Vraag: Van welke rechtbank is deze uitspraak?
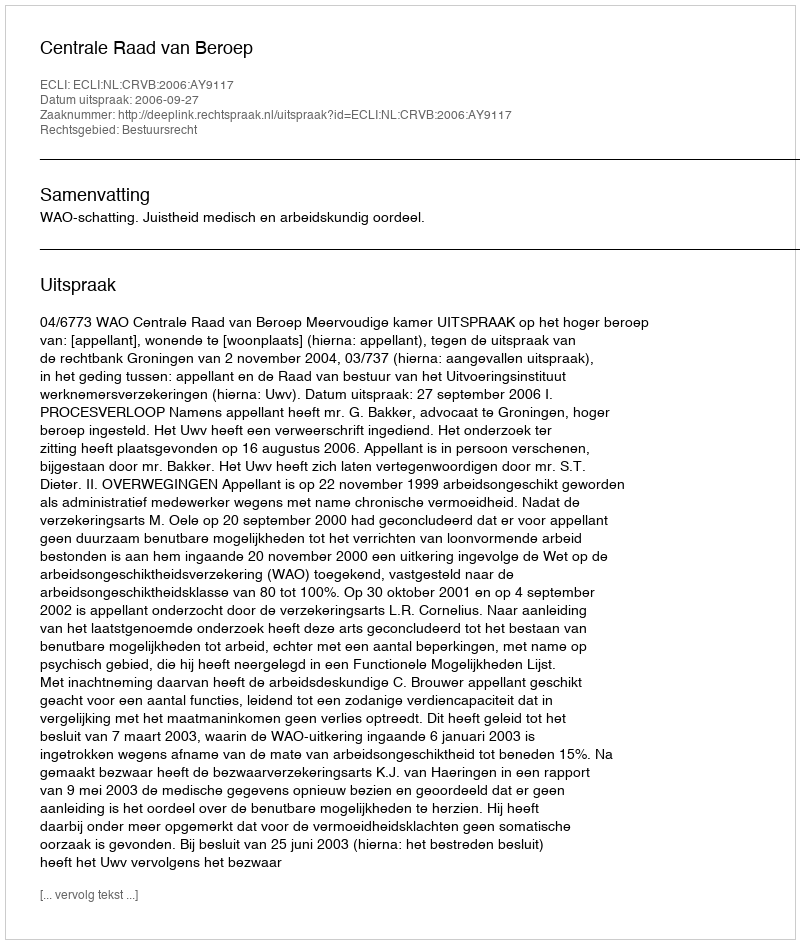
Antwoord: Centrale Raad van Beroep